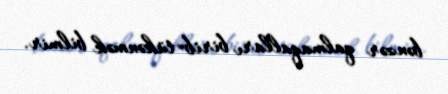
bənzər qalmaqalları birib=tükənmək bilmir.